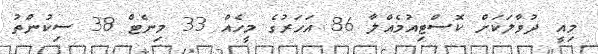
މިއީ ދުވާލަކަށް ކޮސްޓިއުމެއްލާ 86 އަހަރުގެ މީހެއް 33 މިނެޓް 38 ސިކުންތު